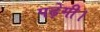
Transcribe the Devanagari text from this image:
पढ़ेगी।